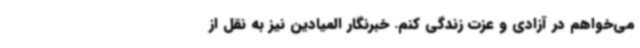
می‌خواهم در آزادی و عزت زندگی کنم. خبرنگار المیادین نیز به نقل از